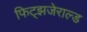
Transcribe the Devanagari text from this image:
फिट्झजेराल्ड